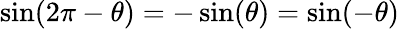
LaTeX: \sin(2\pi-\theta)=-\sin(\theta)=\sin(-\theta)